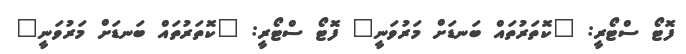
ފޮޓޯ ސްޓޯރީ: "ކޮތަރުތައް ބަނޑަށް މަރުވަނީ" ފޮޓޯ ސްޓޯރީ: "ކޮތަރުތައް ބަނޑަށް މަރުވަނީ"